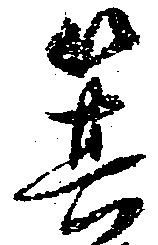
箕